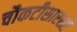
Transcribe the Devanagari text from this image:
चौकटीसारखी